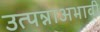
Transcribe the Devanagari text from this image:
उत्पन्नाअभावी